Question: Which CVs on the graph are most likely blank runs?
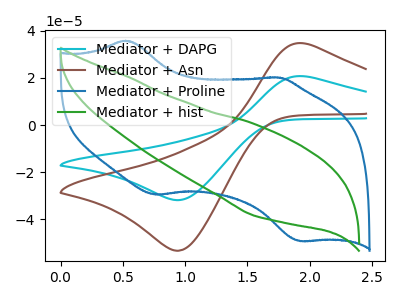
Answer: <think>The cyan curve "Mediator + DAPG" has an anodic peak at (1.95V, 20.65uA) and a cathodic peak at (0.95V, -31.85uA). The brown curve "Mediator + Asn" has an anodic peak at (1.95V, 34.60uA) and a cathodic peak at (0.95V, -53.30uA). The blue curve "Mediator + Proline" has anodic peaks at (0.50V, 35.85uA) (1.75V, 20.20uA) and cathodic peaks at (0.75V, -29.55uA) (1.90V, -49.25uA). The green curve "Mediator + hist" has no peaks.</think>
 <answer>"Mediator + hist" is likely to be a blank.</answer>
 <eval>Mediator + hist</eval>